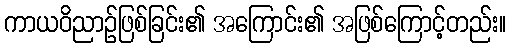
ကာယဝိညာဉ်ဖြစ်ခြင်း၏ အကြောင်း၏ အဖြစ်ကြောင့်တည်း။